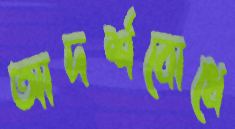
আদর্শবোধে